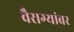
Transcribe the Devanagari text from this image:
वैराग्यांबर